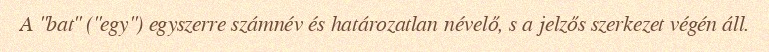
A "bat" ("egy") egyszerre számnév és határozatlan névelő, s a jelzős szerkezet végén áll.